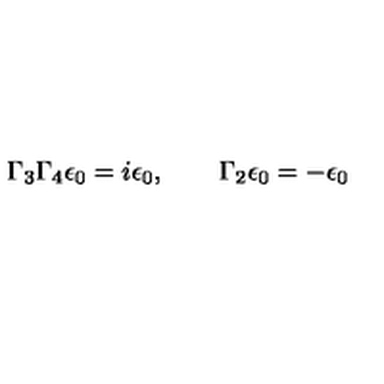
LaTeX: \Gamma _ { 3 } \Gamma _ { 4 } \epsilon _ { 0 } = i \epsilon _ { 0 } , \qquad \Gamma _ { 2 } \epsilon _ { 0 } = - \epsilon _ { 0 }